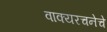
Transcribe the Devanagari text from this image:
वाक्यरचनेचे